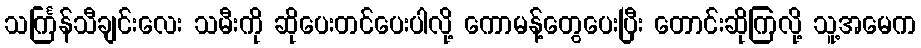
သင်္ကြန်သီချင်းလေး သမီးကို ဆိုပေးတင်ပေးပါလို့ ကောမန့်တွေပေးပြီး တောင်းဆိုကြလို့ သူ့အမေက